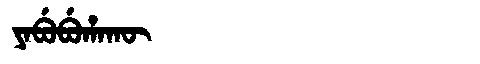
Manchu: ᠶᠠᠪᡠᠪᡠᡥᠠᡴᡡ
Romanization: YABUBUHAKŪ